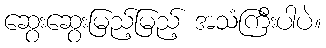
ဆွေးဆွေးမြည့်မြည့် အသံကြီးပါပဲ။